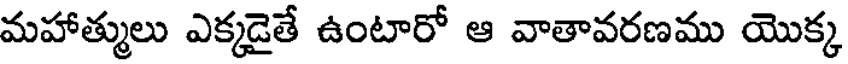
మహాత్ములు ఎక్కడైతే ఉంటారో ఆ వాతావరణము యొక్క